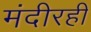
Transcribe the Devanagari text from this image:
मंदीरही